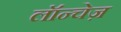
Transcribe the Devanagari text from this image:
लॉन्चेज़